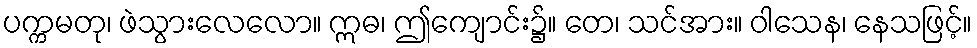
ပက္ကမတု၊ ဖဲသွားလေလော။ ဣဓ၊ ဤကျောင်း၌။ တေ၊ သင်အား။ ဝါသေန၊ နေသဖြင့်။